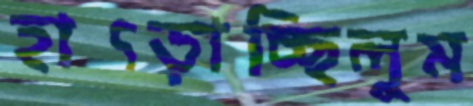
হাৎড়াচ্ছিলুম